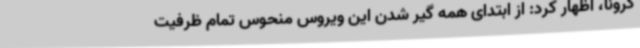
کرونا، اظهار کرد: از ابتدای همه گیر شدن این ویروس منحوس تمام ظرفیت